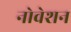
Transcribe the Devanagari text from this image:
नोवेशन